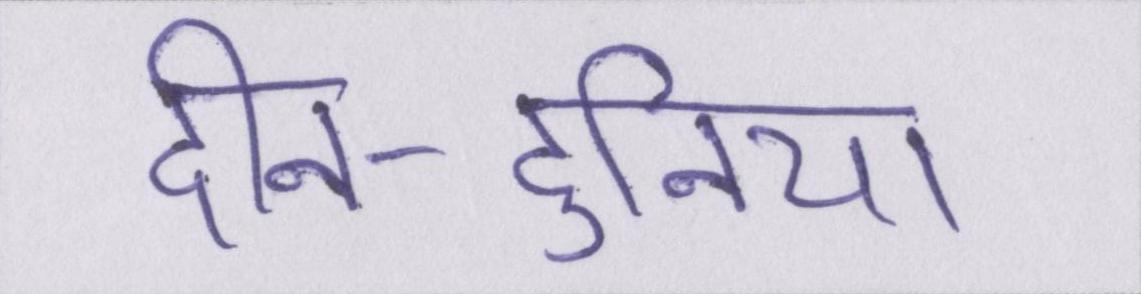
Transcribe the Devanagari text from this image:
दीन-दुनिया